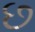
છ